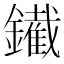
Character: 䥫